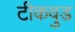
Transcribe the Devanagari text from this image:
टीकवुड